system: You are a helpful assistant.
user:
Analyze the provided spectrum to determine if it is a **White Dwarf (WD)**.

A White Dwarf spectrum is defined by its **extreme purity** (due to gravitational settling) and/or **extreme pressure broadening** (due to high surface gravity). You must check for one of the following mutually exclusive signatures:

- **Key Visual Indicators (Check for ONE of these types):**

    - **1. DA-Type Signature (Most Common):**
        - **(Primary Feature):** Extreme pressure broadening (Stark broadening) of the **Hydrogen (H) Balmer lines**.
        - **(Key Lines):** $H\beta$ (approx. $4861$ Å) and $H\gamma$ (approx. $4340$ Å). $H\alpha$ (approx. $6563$ Å) will also be present if the wavelength range covers it.
        - **(Line Profile):** This is the **defining feature**. The lines are **NOT** sharp. They appear as massive, **extremely broad and deep "troughs" or "dips"** in the spectrum, often hundreds of Ångströms wide. The continuum will appear to "scoop" down at these wavelengths.
        - **(Distinction):** Normal A-type or B-type stars have *narrow* and *sharp* Hydrogen lines. A DA White Dwarf's lines are unmistakably "smeared" or "blurry" from pressure.

    - **2. DB-Type Signature:**
        - **(Primary Feature):** Broad absorption lines from **Neutral Helium (He I)**. The spectrum must lack any visible Hydrogen lines.
        - **(Key Lines):** Look for broad absorption near $4471$ Å, $4921$ Å, and $5876$ Å.
        - **(Line Profile):** These lines are also significantly pressure-broadened, appearing much wider than they would in a normal B-type main-sequence star.

    - **3. DC-Type Signature:**
        - **(Primary Feature):** A **featureless continuous spectrum**.
        - **(Line Profile):** The spectrum is a smooth curve with **no significant absorption or emission lines**.
        - **(Key Confirmation):** The continuum is almost always **blue or white**, indicating a hot object. This signature implies the atmosphere is so pure (or so cool) that no spectral lines are visible in the optical range. Its WD identity is confirmed by its extremely low intrinsic brightness (high absolute magnitude).

    - **4. DZ-Type Signature (Metal-Polluted):**
        - **(Primary Feature):** **Isolated, narrow metal absorption lines** on an otherwise featureless (DC-like) continuum.
        - **(Key Lines):** The **Calcium (Ca II) H & K doublet** (approx. **$3934$ Å** and **$3968$ Å**) is the most common and defining feature.
        - **(Line Profile):** These lines are "out of place." They are *not* part of a "forest" of thousands of lines. This signature is evidence of recent *accretion* (pollution) from rocky debris.
        - **(Distinction):** Normal G/K/M stars have a *dense forest* of thousands of metal lines. A DZ has a *clean* continuum with *only a few* strong metal lines.

    - **5. DQ-Type Signature (Carbon-Polluted):**
        - **(Primary Feature):** Absorption bands from **Carbon (C₂ "Swan Bands" or atomic C I)**.
        - **(Key Lines - C₂):** Look for bandheads with a "saw-tooth" shape near $5635$ Å, **$5165$ Å** (strongest), and $4737$ Å.
        - **(Key Confirmation):** The underlying **continuum must be blue or white** (hot).
        - **(Distinction):** This is the critical difference from a **Carbon Star**, which has the *exact same* C₂ bands but on an extremely **red, cool** continuum.

- **(Overall Spectrum):**
    - The continuum (overall shape) is typically **blue-sloping** (brighter in the blue than the red), as most white dwarfs are very hot.
    - The spectrum will look "pure" or "simple," dominated by only *one* of the five signatures listed above.

Think first, call **spectral_visualization_tool** if needed to examine features in detail, then provide your final answer. Your response must adhere to the following strict rules:
1.  **Overall Structure:** Your response must follow the format `<think>...</think> <tool_call>...</tool_call> (if a tool is used) <answer>...</answer>`.
2.  **Tool Usage Constraint:** You may only make **one** tool call per turn.
3.  **Final Answer Format:** In the `<answer>` tag, your conclusion must be inside a `\boxed{}` command (e.g., `\boxed{YES}` or `\boxed{NO}`), followed by your justification.

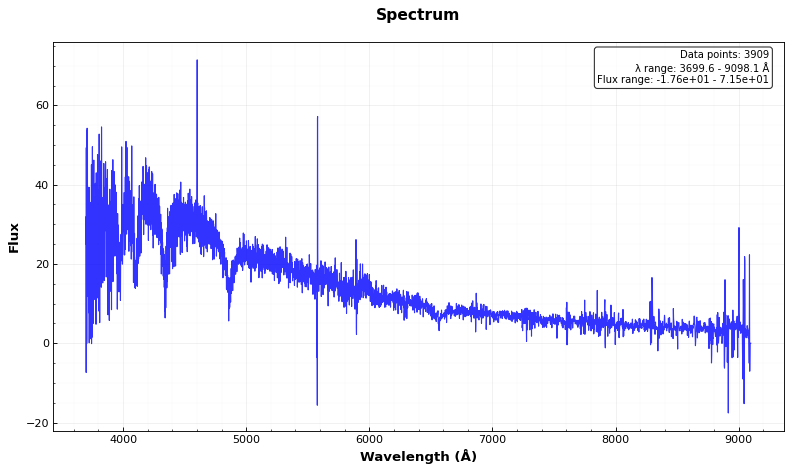
Answer: YES